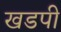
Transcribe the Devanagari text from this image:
खडपी